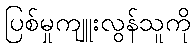
ပြစ်မှုကျူးလွန်သူကို